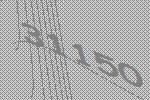
31150